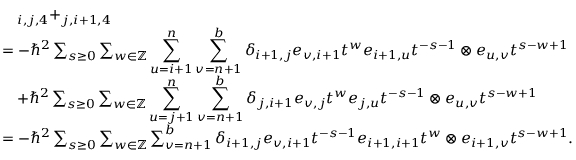
\begin{array} { r l } & { \quad _ { i , j , 4 } + _ { j , i + 1 , 4 } } \\ & { = - \hbar ^ { 2 } \sum _ { s \geq 0 } \sum _ { w \in \mathbb { Z } } \displaystyle \sum _ { u = i + 1 } ^ { n } \sum _ { v = n + 1 } ^ { b } \delta _ { i + 1 , j } e _ { v , i + 1 } t ^ { w } e _ { i + 1 , u } t ^ { - s - 1 } \otimes e _ { u , v } t ^ { s - w + 1 } } \\ & { \quad + \hbar ^ { 2 } \sum _ { s \geq 0 } \sum _ { w \in \mathbb { Z } } \displaystyle \sum _ { u = j + 1 } ^ { n } \sum _ { v = n + 1 } ^ { b } \delta _ { j , i + 1 } e _ { v , j } t ^ { w } e _ { j , u } t ^ { - s - 1 } \otimes e _ { u , v } t ^ { s - w + 1 } } \\ & { = - \hbar ^ { 2 } \sum _ { s \geq 0 } \sum _ { w \in \mathbb { Z } } \sum _ { v = n + 1 } ^ { b } \delta _ { i + 1 , j } e _ { v , i + 1 } t ^ { - s - 1 } e _ { i + 1 , i + 1 } t ^ { w } \otimes e _ { i + 1 , v } t ^ { s - w + 1 } . } \end{array}